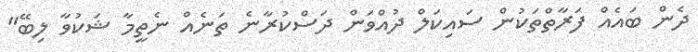
ދެން ބައެއް ފަރާތްތަކުން ސައިކަލް ދުއްވަން ދަސްކުރާނެ ތަނެއް ނެތީމާ ޝަކުވާ ލިބޭ"